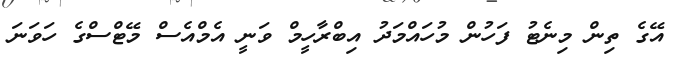
އޭގެ ތިން މިނެޓު ފަހުން މުހައްމަދު އިބްރާހީމް ވަނީ އެމްއެސް މޭޓްސްގެ ހަވަނަ